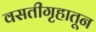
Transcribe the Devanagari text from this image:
वसतीगृहातून